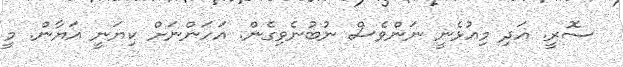
ސޮރީ. އަދި މިއުޅެނީ ނަންވެސް ނުބުނެވިގެން. އަހަންނަށް ކިޔަނީ އަޔާން. މީ